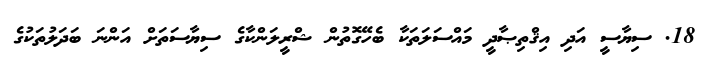
18. ސިޔާސީ އަދި އިޤްތިޞާދީ މައްސަލަތަކާ ބެހޭގޮތުން ޝްރީލަންކާގެ ސިޔާސަތަށް އަންނަ ބަދަލުތަކުގެ